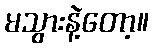
မသွားနဲ့တော့။